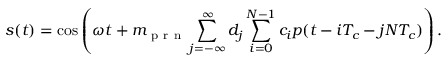
s ( t ) = \cos \left( \omega t + m _ { \mathrm { ~ p ~ r ~ n ~ } } \sum _ { j = - \infty } ^ { \infty } d _ { j } \sum _ { i = 0 } ^ { N - 1 } c _ { i } p ( t - i T _ { c } - j N T _ { c } ) \right) .